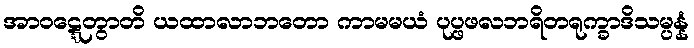
အာဝဋ္ဋေတွာတိ ယထာလာဘတော ကာမမယံ ပုပ္ဖဖလဘရိတရုက္ခာဒိသမ္ပန္နံ